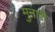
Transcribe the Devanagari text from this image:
मुनारी